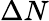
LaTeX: \Delta N